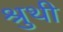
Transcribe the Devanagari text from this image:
श्रुथी